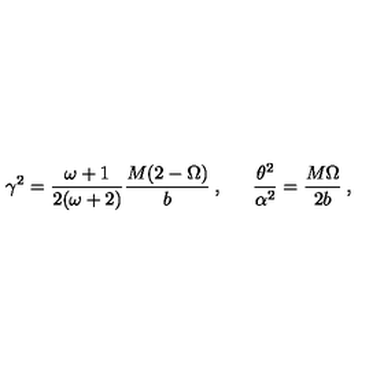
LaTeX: \gamma ^ { 2 } = \frac { \omega + 1 } { 2 ( \omega + 2 ) } \frac { M ( 2 - \Omega ) } { b } \: , \: \: \: \: \: \: \: \frac { \theta ^ { 2 } } { \alpha ^ { 2 } } = \frac { M \Omega } { 2 b } \: ,